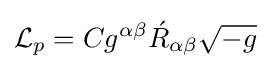
{\mathcal {L}}_{p}=Cg^{\alpha \beta }{\acute {R}}_{\alpha \beta }{\sqrt {-g}}